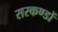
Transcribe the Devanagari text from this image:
सरकण्डों